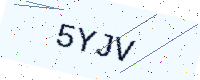
Text: 5YJV